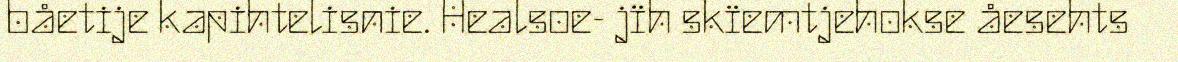
båetije kapihtelisnie. Healsoe- jïh skïemtjehokse åesehts